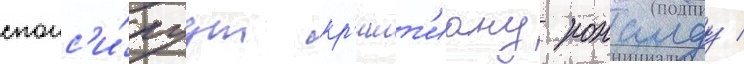
спонс'и́руут кр'ишт'иану роналду /